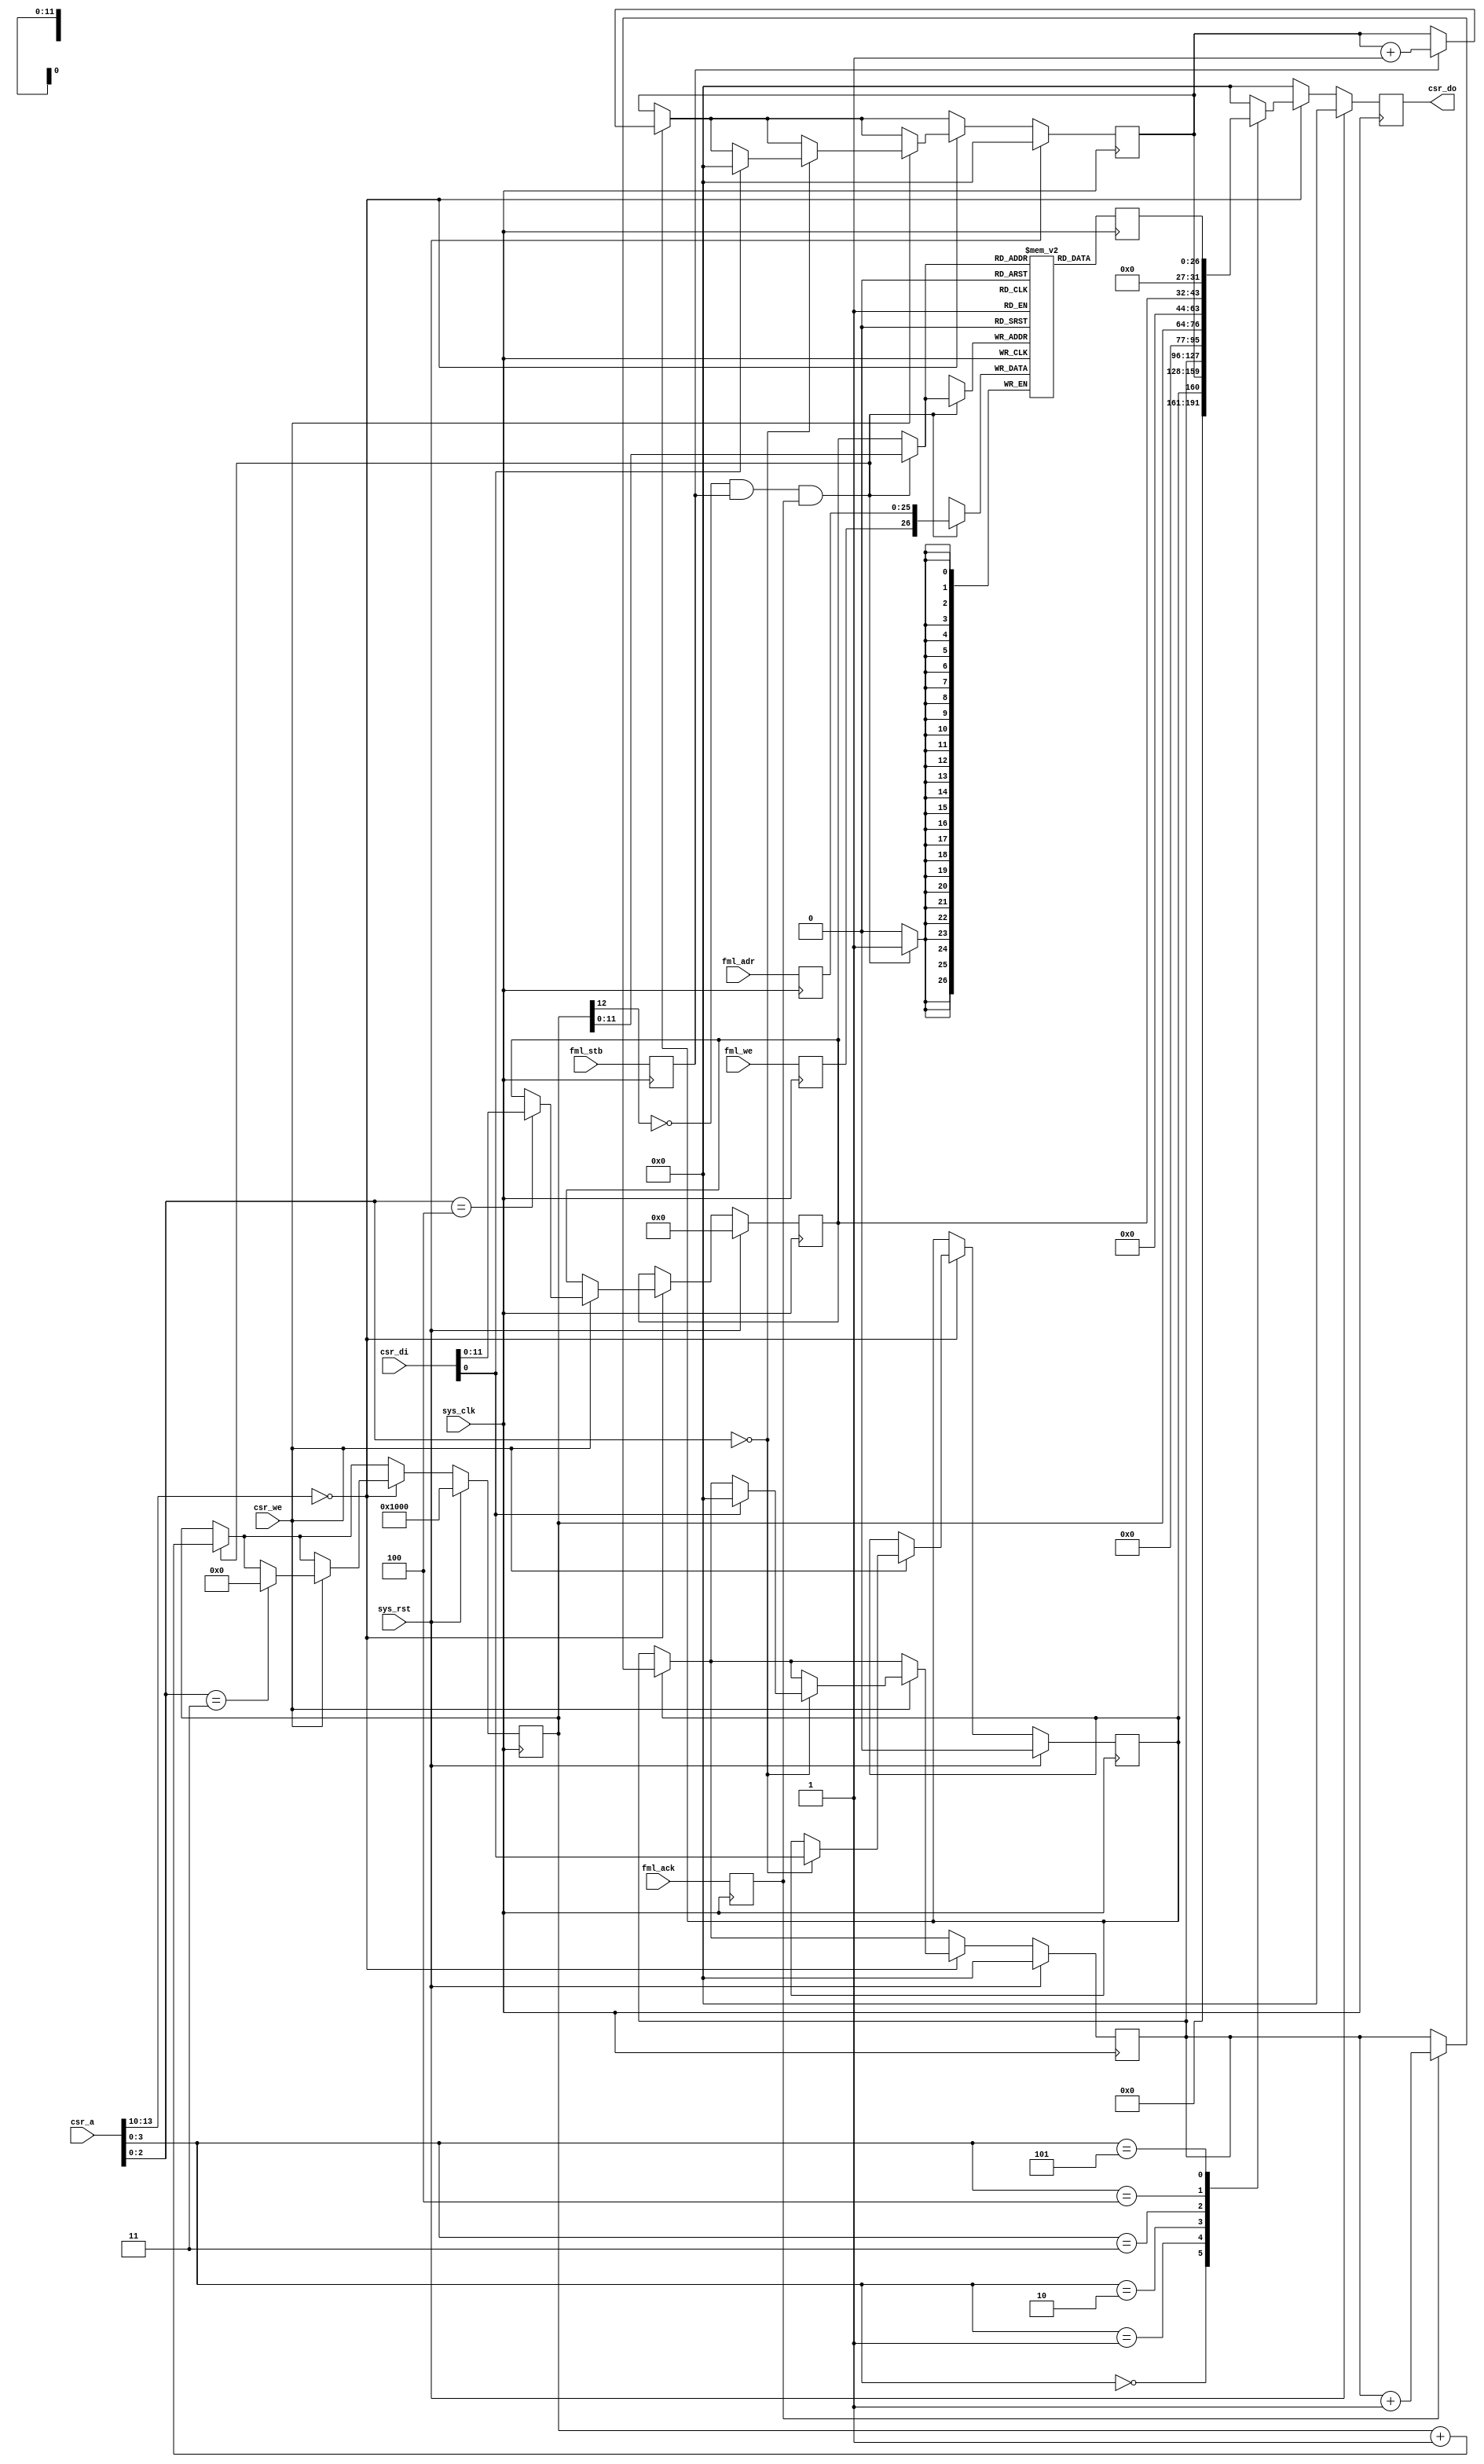
/*
 * Milkymist SoC
 * Copyright (C) 2007, 2008, 2009, 2010, 2011 Sebastien Bourdeauducq
 *
 * This program is free software: you can redistribute it and/or modify
 * it under the terms of the GNU General Public License as published by
 * the Free Software Foundation, version 3 of the License.
 *
 * This program is distributed in the hope that it will be useful,
 * but WITHOUT ANY WARRANTY; without even the implied warranty of
 * MERCHANTABILITY or FITNESS FOR A PARTICULAR PURPOSE.  See the
 * GNU General Public License for more details.
 *
 * You should have received a copy of the GNU General Public License
 * along with this program.  If not, see <http://www.gnu.org/licenses/>.
 */

module fmlmeter #(
	parameter csr_addr = 4'h0,
	parameter fml_depth = 26
) (
	input sys_clk,
	input sys_rst,

	input [13:0] csr_a,
	input csr_we,
	input [31:0] csr_di,
	output reg [31:0] csr_do,

	input fml_stb,
	input fml_ack,
	input fml_we,
	input [fml_depth-1:0] fml_adr
);

/* Register the signals we probe to have a minimal impact on timing */
reg fml_stb_r;
reg fml_ack_r;
reg fml_we_r;
reg [fml_depth-1:0] fml_adr_r;
always @(posedge sys_clk) begin
	fml_stb_r <= fml_stb;
	fml_ack_r <= fml_ack;
	fml_we_r <= fml_we;
	fml_adr_r <= fml_adr;
end

reg counters_en;		// @ 00
reg [31:0] stb_count;		// @ 04
reg [31:0] ack_count;		// @ 08
reg [12:0] capture_wadr;	// @ 0c
reg [11:0] capture_radr;	// @ 10
reg [fml_depth:0] capture_do;	// @ 14

reg [fml_depth:0] capture_mem[0:4095];
wire capture_en = ~capture_wadr[12];
wire capture_we = capture_en & fml_stb_r & fml_ack_r;
wire [11:0] capture_adr = capture_we ? capture_wadr[11:0] : capture_radr;
wire [fml_depth:0] capture_di = {fml_we_r, fml_adr_r};

always @(posedge sys_clk) begin
	if(capture_we)
		capture_mem[capture_adr] <= capture_di;
	capture_do <= capture_mem[capture_adr];
end

wire csr_selected = csr_a[13:10] == csr_addr;

always @(posedge sys_clk) begin
	if(sys_rst) begin
		counters_en <= 1'b0;
		stb_count <= 32'd0;
		ack_count <= 32'd0;
		
		capture_wadr <= 13'd4096;
		capture_radr <= 12'd0;

		csr_do <= 32'd0;
	end else begin
		if(counters_en) begin
			if(fml_stb_r)
				stb_count <= stb_count + 32'd1;
			if(fml_ack_r)
				ack_count <= ack_count + 32'd1;
		end
		
		if(capture_we)
			capture_wadr <= capture_wadr + 13'd1;

		csr_do <= 32'd0;
		if(csr_selected) begin
			if(csr_we) begin
				case(csr_a[2:0])
					3'b000: begin
						counters_en <= csr_di[0];
						if(csr_di[0]) begin
							stb_count <= 32'd0;
							ack_count <= 32'd0;
						end
					end
					// 3'b001 stb_count is read-only
					// 3'b010 ack_count is read-only
					3'b011: capture_wadr <= 13'd0;
					3'b100: capture_radr <= csr_di[11:0];
					// 3'b101 capture_do is read-only
				endcase
			end

			case(csr_a[3:0])
				3'b000: csr_do <= counters_en;
				3'b001: csr_do <= stb_count;
				3'b010: csr_do <= ack_count;
				3'b011: csr_do <= capture_wadr;
				3'b100: csr_do <= capture_radr;
				3'b101: csr_do <= capture_do;
			endcase
		end
	end
end

endmodule